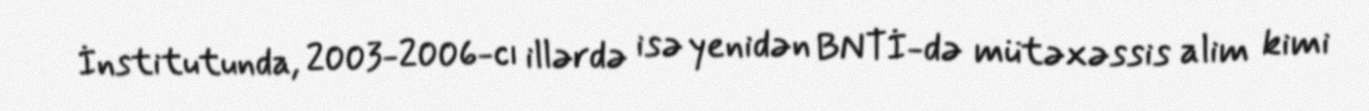
İnstitutunda, 2003-2006-cı illərdə isə yenidən BNTİ-də mütəxəssis alim kimi